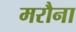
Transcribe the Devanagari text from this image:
मरौना